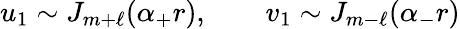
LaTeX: u_{1}\sim J_{m+\ell}(\alpha_{+}r),\qquad v_{1}\sim J_{m-\ell}(\alpha_{-}r)